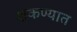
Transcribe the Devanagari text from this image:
शकण्यात